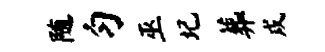
随匀巫圮葬戍